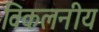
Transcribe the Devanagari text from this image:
विकलनीय